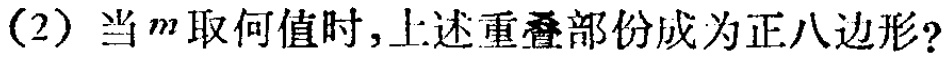
(2) 当\(m\)取何值时，上述重叠部份成为正八边形?